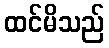
ထင်မိသည်